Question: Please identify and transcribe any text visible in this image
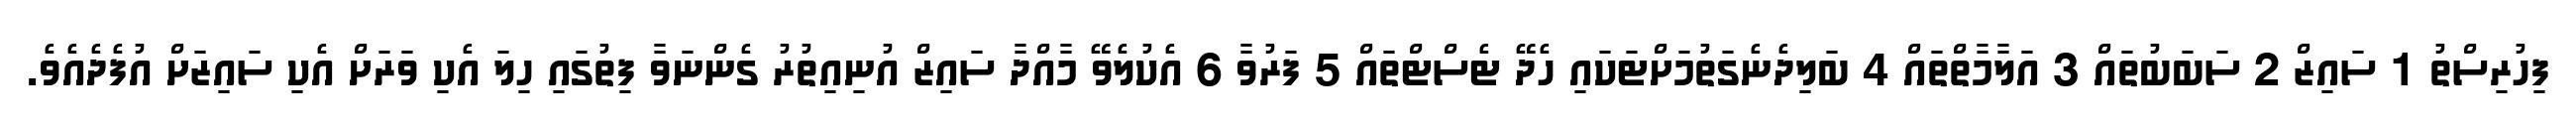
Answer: ފިހުރިސްތު 1 ސައިޒް 2 ސަބަބުތައް 3 އަލާމާތްތައް 4 ބަލިދެނެގަތުމަށްޓަކައި ހެދޭ ޓެސްޓްތައް 5 ފަރުވާ 6 އެކުލެވޭ މާއްދާ ސައިޒް އުނިއިތުރު ގެންނަވާ ފިތުގައި ހިލަ އެކި ވަރަށް އެކި ސައިޒަށް އުފެދެއެވެ.